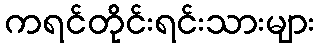
ကရင်တိုင်းရင်းသားများ